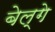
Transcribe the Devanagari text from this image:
बेल्गे